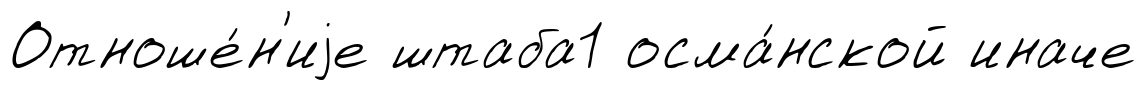
Отноше́н'иjе штаба1 осма́нской иначе